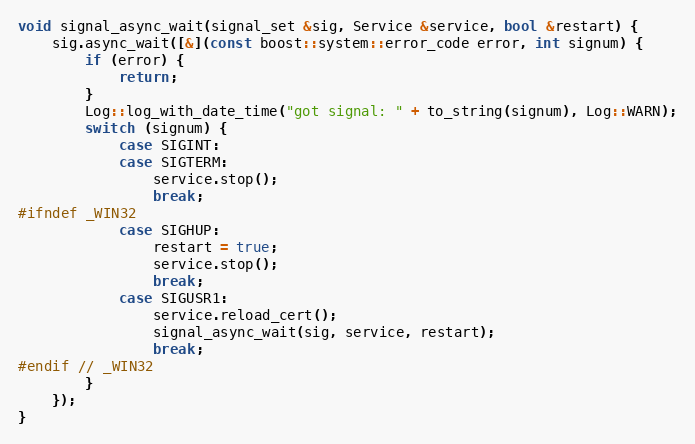
Language: C++
void signal_async_wait(signal_set &sig, Service &service, bool &restart) {
    sig.async_wait([&](const boost::system::error_code error, int signum) {
        if (error) {
            return;
        }
        Log::log_with_date_time("got signal: " + to_string(signum), Log::WARN);
        switch (signum) {
            case SIGINT:
            case SIGTERM:
                service.stop();
                break;
#ifndef _WIN32
            case SIGHUP:
                restart = true;
                service.stop();
                break;
            case SIGUSR1:
                service.reload_cert();
                signal_async_wait(sig, service, restart);
                break;
#endif // _WIN32
        }
    });
}